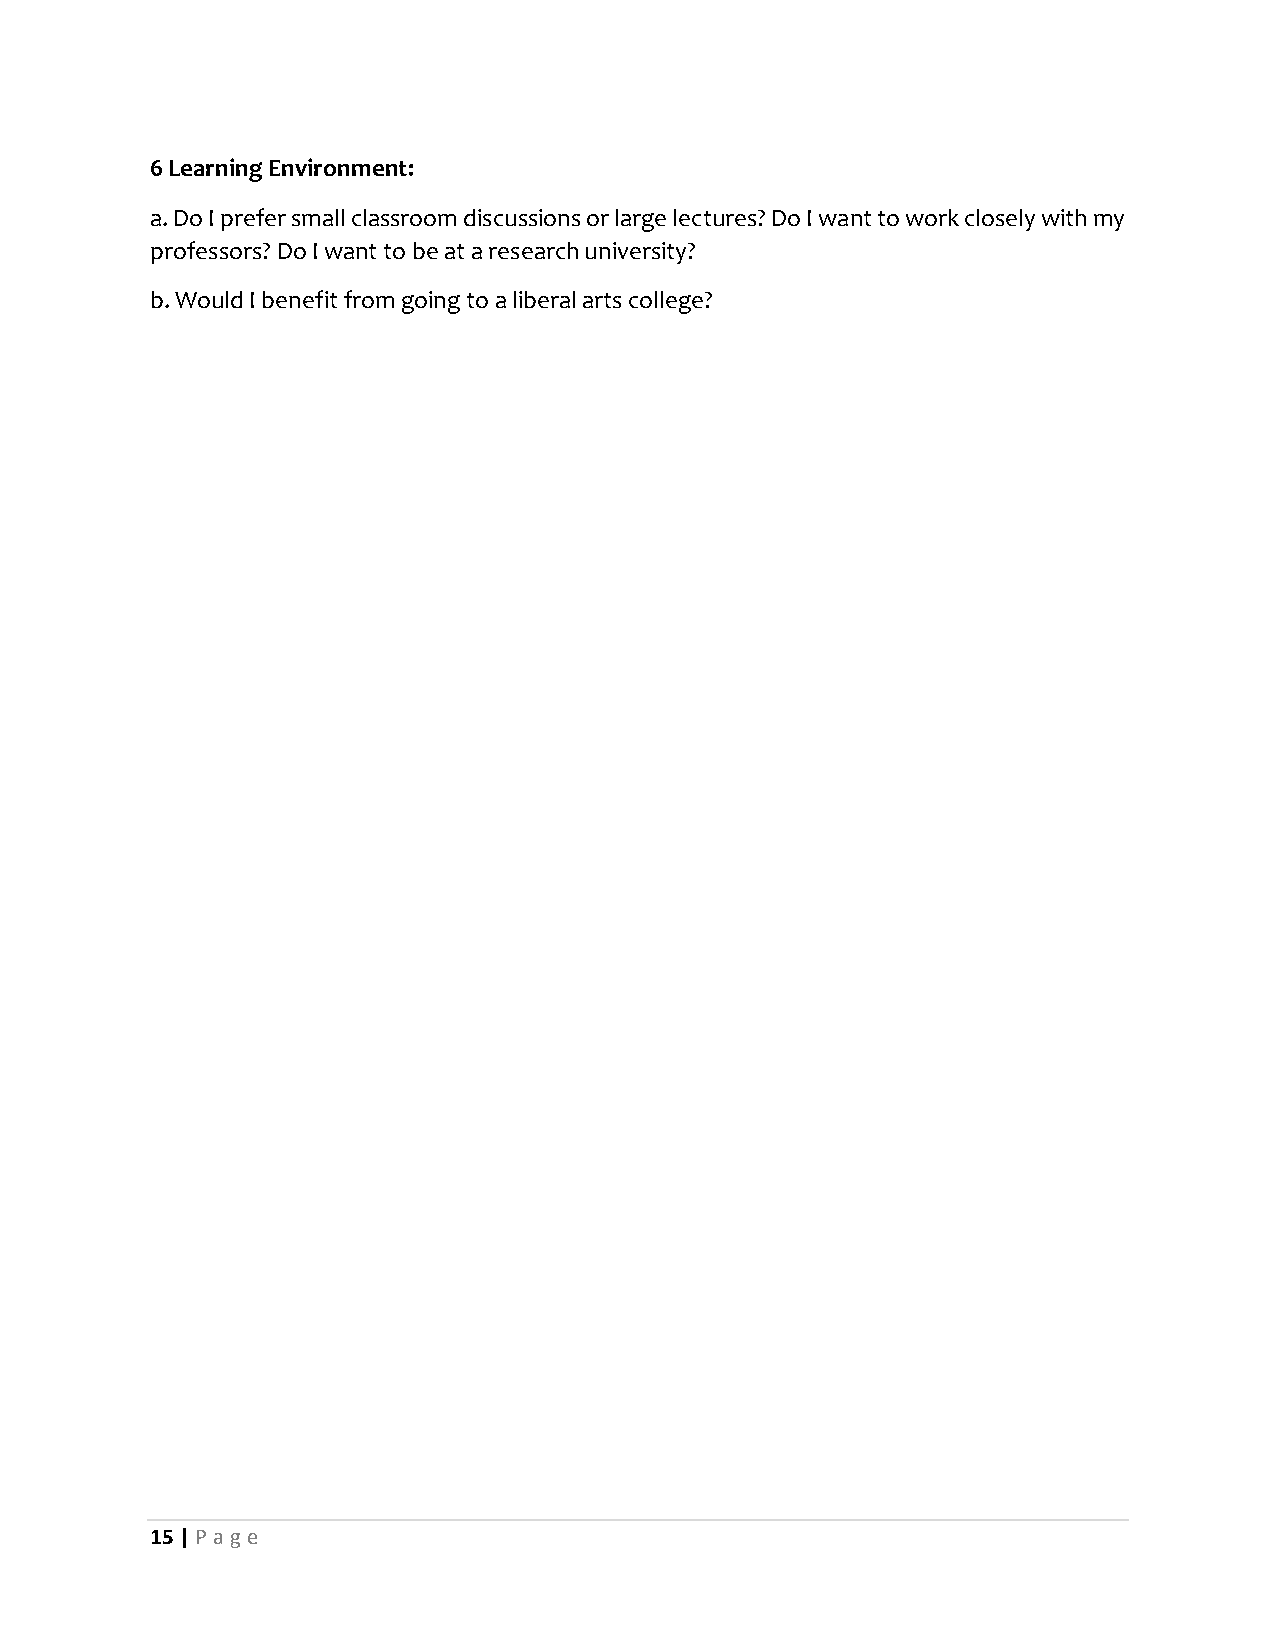
6 Learning Environment:
 a. Do I prefer small classroom discussions or large lectures? Do I want to work closely with my
 professors? Do I want to be at a research university?
 b. Would I benefit from going to a liberal arts college?
 15 | P age